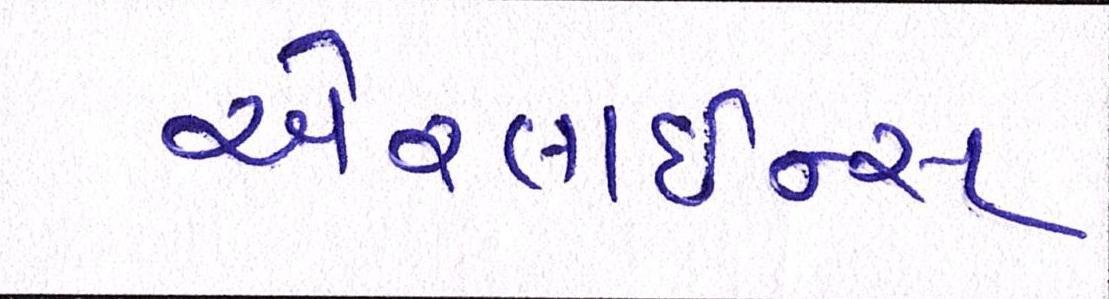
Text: એરલાઇન્સ